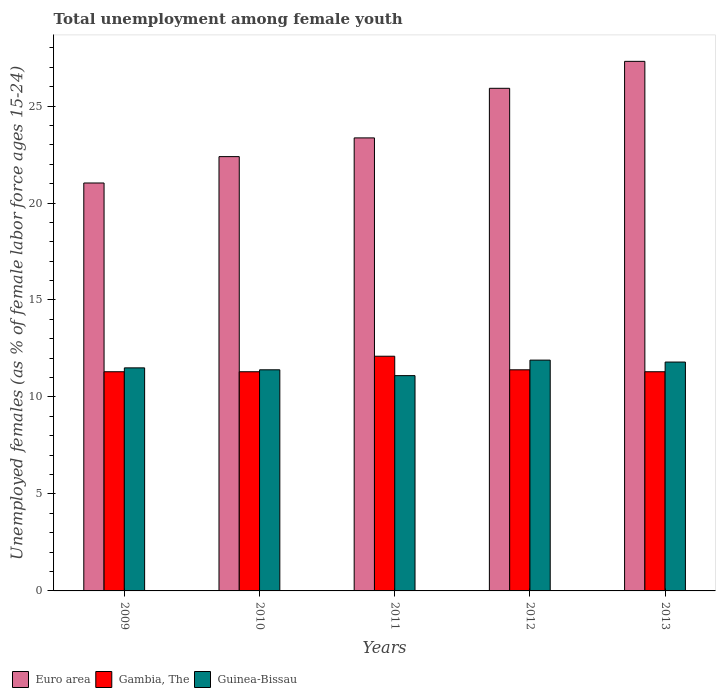
| Years | Euro area | Gambia, The | Guinea-Bissau |
 | --- | --- | --- | --- |
 | 2009 | 21 | 11.3 | 11.5 |
 | 2010 | 22.4 | 11.3 | 11.4 |
 | 2011 | 23.4 | 12.1 | 11.1 |
 | 2012 | 25.9 | 11.4 | 11.9 |
 | 2013 | 27.3 | 11.3 | 11.8 |